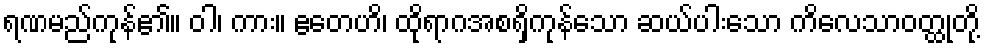
ရဏမည်ကုန်၏။ ဝါ၊ ကား။ ဧတေဟိ၊ ထိုရာဂအစရှိကုန်သော ဆယ်ပါးသော ကိလေသာဝတ္ထုတို့